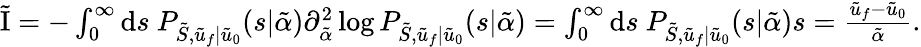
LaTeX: \begin{array}{r}{\tilde{\mathrm{I}}=-\int_{0}^{\infty}\mathrm{d}s\ P_{\tilde{S},\tilde{u}_{f}|\tilde{u}_{0}}(s|\tilde{\alpha})\partial_{\tilde{\alpha}}^{2}\log P_{\tilde{S},\tilde{u}_{f}|\tilde{u}_{0}}(s|\tilde{\alpha})=\int_{0}^{\infty}\mathrm{d}s\ P_{\tilde{S},\tilde{u}_{f}|\tilde{u}_{0}}(s|\tilde{\alpha})s=\frac{\tilde{u}_{f}-\tilde{u}_{0}}{\tilde{\alpha}}.}\end{array}